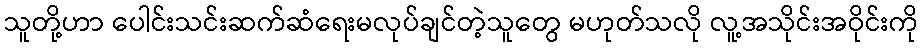
သူတို့ဟာ ပေါင်းသင်းဆက်ဆံရေးမလုပ်ချင်တဲ့သူတွေ မဟုတ်သလို လူ့အသိုင်းအဝိုင်းကို